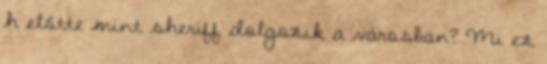
h előtte mint sheriff dolgozik a városban? Mi ez